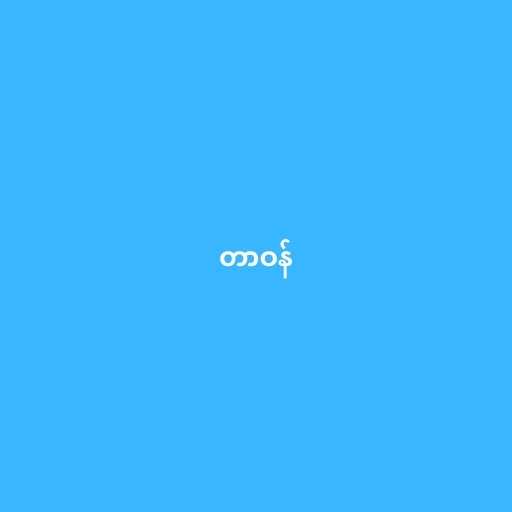
တာဝန်